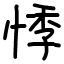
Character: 悸